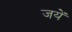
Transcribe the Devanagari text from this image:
जयें